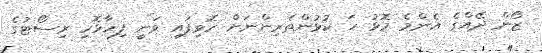
ޒޯން ދޭއްގެ އެންމެ މޮޅު ހަ ކުޅުންތެރިންނަށް ހޮވިފައި ވަނީ ފިހާޅޮހި ރިސޯޓުގެ